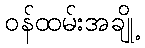
ဝန်ထမ်းအချို့